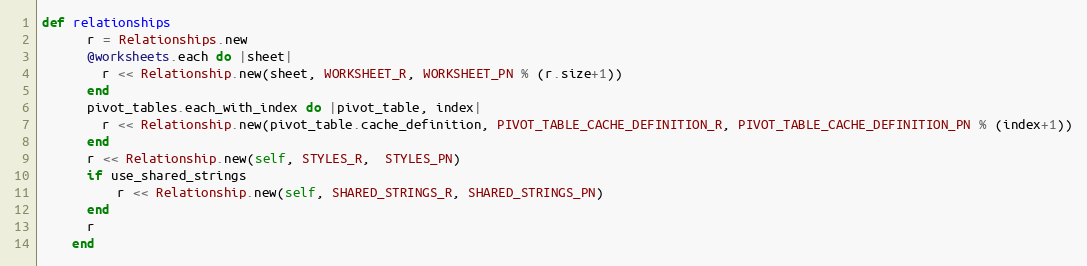
Language: Ruby
def relationships
      r = Relationships.new
      @worksheets.each do |sheet|
        r << Relationship.new(sheet, WORKSHEET_R, WORKSHEET_PN % (r.size+1))
      end
      pivot_tables.each_with_index do |pivot_table, index|
        r << Relationship.new(pivot_table.cache_definition, PIVOT_TABLE_CACHE_DEFINITION_R, PIVOT_TABLE_CACHE_DEFINITION_PN % (index+1))
      end
      r << Relationship.new(self, STYLES_R,  STYLES_PN)
      if use_shared_strings
          r << Relationship.new(self, SHARED_STRINGS_R, SHARED_STRINGS_PN)
      end
      r
    end